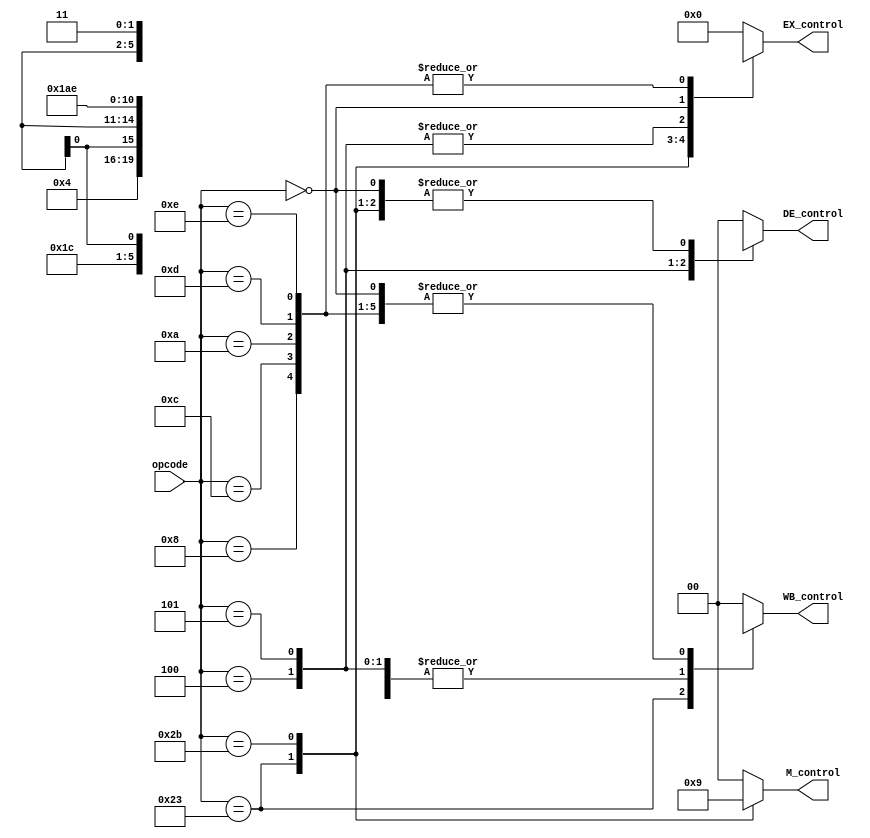
`timescale 1ps / 1ps
//////////////////////////////////////////////////////////////////////////////////
// Company: 
// Engineer: 
// 
// Design Name: 
// Module Name:    control_unit 
// Project Name: 
// Target Devices: 
// Tool versions: 
// Description: 
//
// Dependencies: 
//
// Revision: 
// Revision 0.01 - File Created
// Additional Comments: 
//
//////////////////////////////////////////////////////////////////////////////////
module control_unit(input [5:0] opcode,
							output reg [1:0] DE_control,
							output reg [3:0] EX_control,
							output reg [1:0] M_control, //Agregamos un bit de control para los brach, es el bit menos significativo, es BOP (Brach Operation).
							output reg [1:0] WB_control
    );

initial
	begin
		EX_control <= 4'b0000;//RegDest	| AluSrc	| 2'bAluOP
		M_control <= 2'b00;//memWrite	| Branch
		WB_control <= 2'b00;//RegWrite | MemToReg
		DE_control <= 2'b00;
	end

always@(opcode)
begin
	case (opcode)
	6'b100011: //LW
		begin
			EX_control <= 4'b0100;
			M_control <= 2'b10;
			WB_control <= 2'b10;
			DE_control <= 2'b0X;
		end
	6'b101011:  //SW
		begin
			EX_control <= 4'bX100;
			M_control <= 2'b01;
			WB_control <= 2'b0X;
			DE_control <= 2'b0X;
		end
	6'b000100: //BEQ 
		begin
			EX_control <= 4'bX001;
			M_control <= 2'b00;
			WB_control <= 2'b0X;
			DE_control <= 2'b11;
		end
	6'b000101: //BNE 
		begin
			EX_control <= 4'bX001;
			M_control <= 2'b00;
			WB_control <= 2'b0X;
			DE_control <= 2'b10;
		end
	6'b000000: //Tipo R
		begin
			EX_control <= 4'b1010;
			M_control <= 2'b00;
			WB_control <= 2'b11;
			DE_control <= 2'b0X;
		end
	6'b001000: //ADDI
		begin
			EX_control <= 4'b1110;
			M_control <= 2'b00;
			WB_control <= 2'b11;
			DE_control <= 2'b0X;
		end	
	6'b001100: //ANDI
		begin
			EX_control <= 4'b1110;
			M_control <= 2'b00;
			WB_control <= 2'b11;
			DE_control <= 2'b0X;
		end	
	6'b001010: //SLTI
		begin
			EX_control <= 4'b1110;
			M_control <= 2'b00;
			WB_control <= 2'b11;
			DE_control <= 2'b0X;
		end	
	6'b001101: //ORI
		begin
			EX_control <= 4'b1110;
			M_control <= 2'b00;
			WB_control <= 2'b11;
			DE_control <= 2'b0X;
		end	
	6'b001110: //XORI
		begin
			EX_control <= 4'b1110;
			M_control <= 2'b00;
			WB_control <= 2'b11;
			DE_control <= 2'b0X;
		end	
	default: 
		begin
			EX_control <= 4'b0000;
			M_control <= 2'b00;
			WB_control <= 2'b00;
			DE_control <= 2'b00;
		end
	endcase
end

endmodule